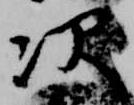
次